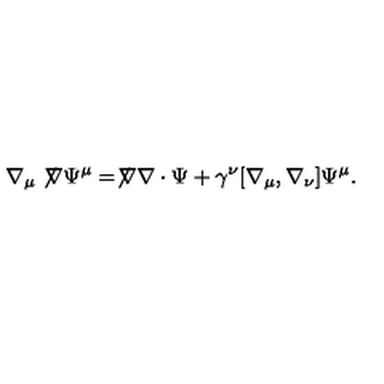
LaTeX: \nabla _ { \mu } \not \! \nabla \Psi ^ { \mu } = \not \! \nabla \nabla \cdot \Psi + \gamma ^ { \nu } [ \nabla _ { \mu } , \nabla _ { \nu } ] \Psi ^ { \mu } .